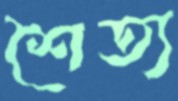
শৈত্য